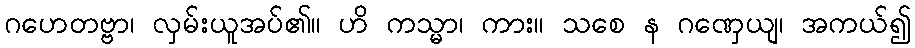
ဂဟေတဗ္ဗာ၊ လှမ်းယူအပ်၏။ ဟိ ကသ္မာ၊ ကား။ သစေ န ဂဏှေယျ၊ အကယ်၍